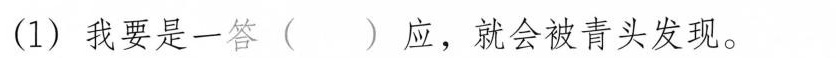
(1)我要是一答( )应，就会被青头发现。